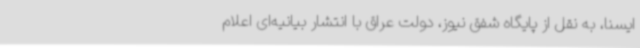
ایسنا، به نقل از پایگاه شفق نیوز، دولت عراق با انتشار بیانیه‌ای اعلام